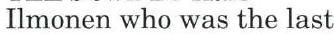
Ilmonen who was the last